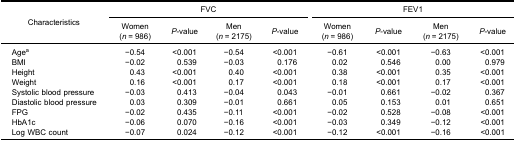
| <ROWSPAN=3> Characteristics | <COLSPAN=4> FVC | <COLSPAN=4> FEV1 |
 | Women(n = 986) | P-value | Men(n = 2175) | P-value | Women(n = 986) | P-value | Men(n = 2175) | P-value |
 | --- | --- | --- | --- | --- | --- | --- | --- | --- |
 | Agea | −0.54 | <0.001 | −0.54 | <0.001 | −0.61 | <0.001 | −0.63 | <0.001 |
 | BMI | −0.02 | 0.539 | −0.03 | 0.176 | 0.02 | 0.546 | 0.00 | 0.979 |
 | Height | 0.43 | <0.001 | 0.40 | <0.001 | 0.38 | <0.001 | 0.35 | <0.001 |
 | Weight | 0.16 | <0.001 | 0.17 | <0.001 | 0.18 | <0.001 | 0.17 | <0.001 |
 | Systolic blood pressure | −0.03 | 0.413 | −0.04 | 0.043 | −0.01 | 0.661 | −0.02 | 0.367 |
 | Diastolic blood pressure | 0.03 | 0.309 | −0.01 | 0.661 | 0.05 | 0.153 | 0.01 | 0.651 |
 | FPG | −0.02 | 0.435 | −0.11 | <0.001 | −0.02 | 0.528 | −0.08 | <0.001 |
 | HbA1c | −0.06 | 0.070 | −0.16 | <0.001 | −0.03 | 0.349 | −0.12 | <0.001 |
 | Log WBC count | −0.07 | 0.024 | −0.12 | <0.001 | −0.12 | <0.001 | −0.16 | <0.001 |